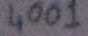
Text: 4001